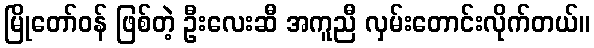
မြိုတော်ဝန် ဖြစ်တဲ့ ဦးလေးဆီ အကူညီ လှမ်းတောင်းလိုက်တယ်။